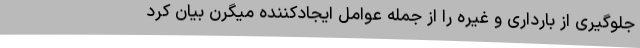
جلوگیری از بارداری و غیره را از جمله عوامل ایجادکننده میگرن بیان کرد